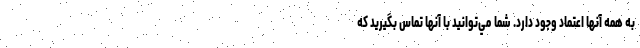
به همه آنها اعتماد وجود دارد. شما مي‌توانيد با آنها تماس بگيريد كه